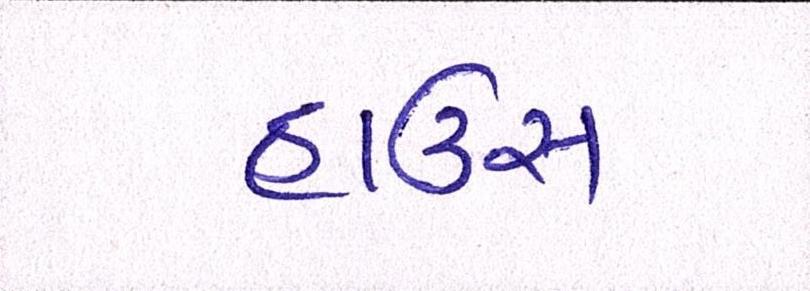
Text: હાઉસ